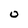
Character: 0